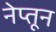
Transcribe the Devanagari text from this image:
नेप्तून